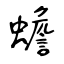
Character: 蟾